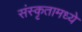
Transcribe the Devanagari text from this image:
संस्कृतामध्ये